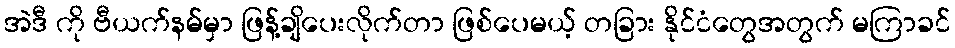
အဲဒီ ကို ဗီယက်နမ်မှာ ဖြန့်ချိပေးလိုက်တာ ဖြစ်ပေမယ့် တခြား နိုင်ငံတွေအတွက် မကြာခင်